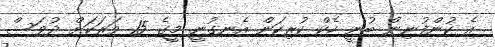
އެ ކުންފުނިން ބުނީ ހެކް ކުރިކަން އެނގުނީ މީގެ 15 ވަރަކަށް ދުވަސް